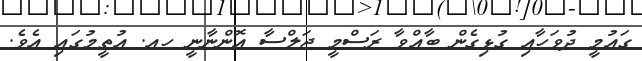
ގައުމީ ދުވަހާއި ގުޅިގެން ބާއްވާ ރަސްމީ ޖަލްސާ އޮންނާނީ ހއ. އުތީމުގައި އެވެ.